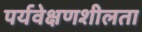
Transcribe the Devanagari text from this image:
पर्यवेक्षणशीलता